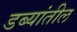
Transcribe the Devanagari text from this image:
डब्यांतील